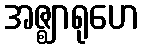
အဇ္ဈာရုဟေ